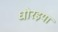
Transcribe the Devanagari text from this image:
धोरइया